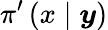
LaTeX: \pi^{\prime}\left(x\mid\boldsymbol{y}\right)